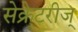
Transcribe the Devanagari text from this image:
सेक्रेटरीज्